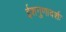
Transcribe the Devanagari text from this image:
ईशगुणादर्शः